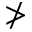
\ngtr